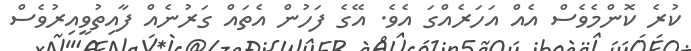
ކުރެ ކޮންމެވެސް އެއް އަހަރެއްގަ އެވެ. އޭގެ ފަހުން އެތައް ގަރުނެއް ފާއިތުވީއިރުވެސް